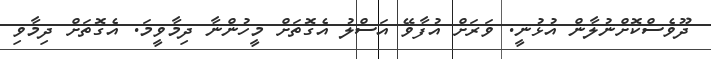
ދޫވެސްކޮށްނުލާން އުޅުނީ. ވަރަށް އުފާވޭ އަސްލު އެގޮތަށް މީހުންނާ ދިމާވީމަ. އެގޮތަށް ދިމާވި